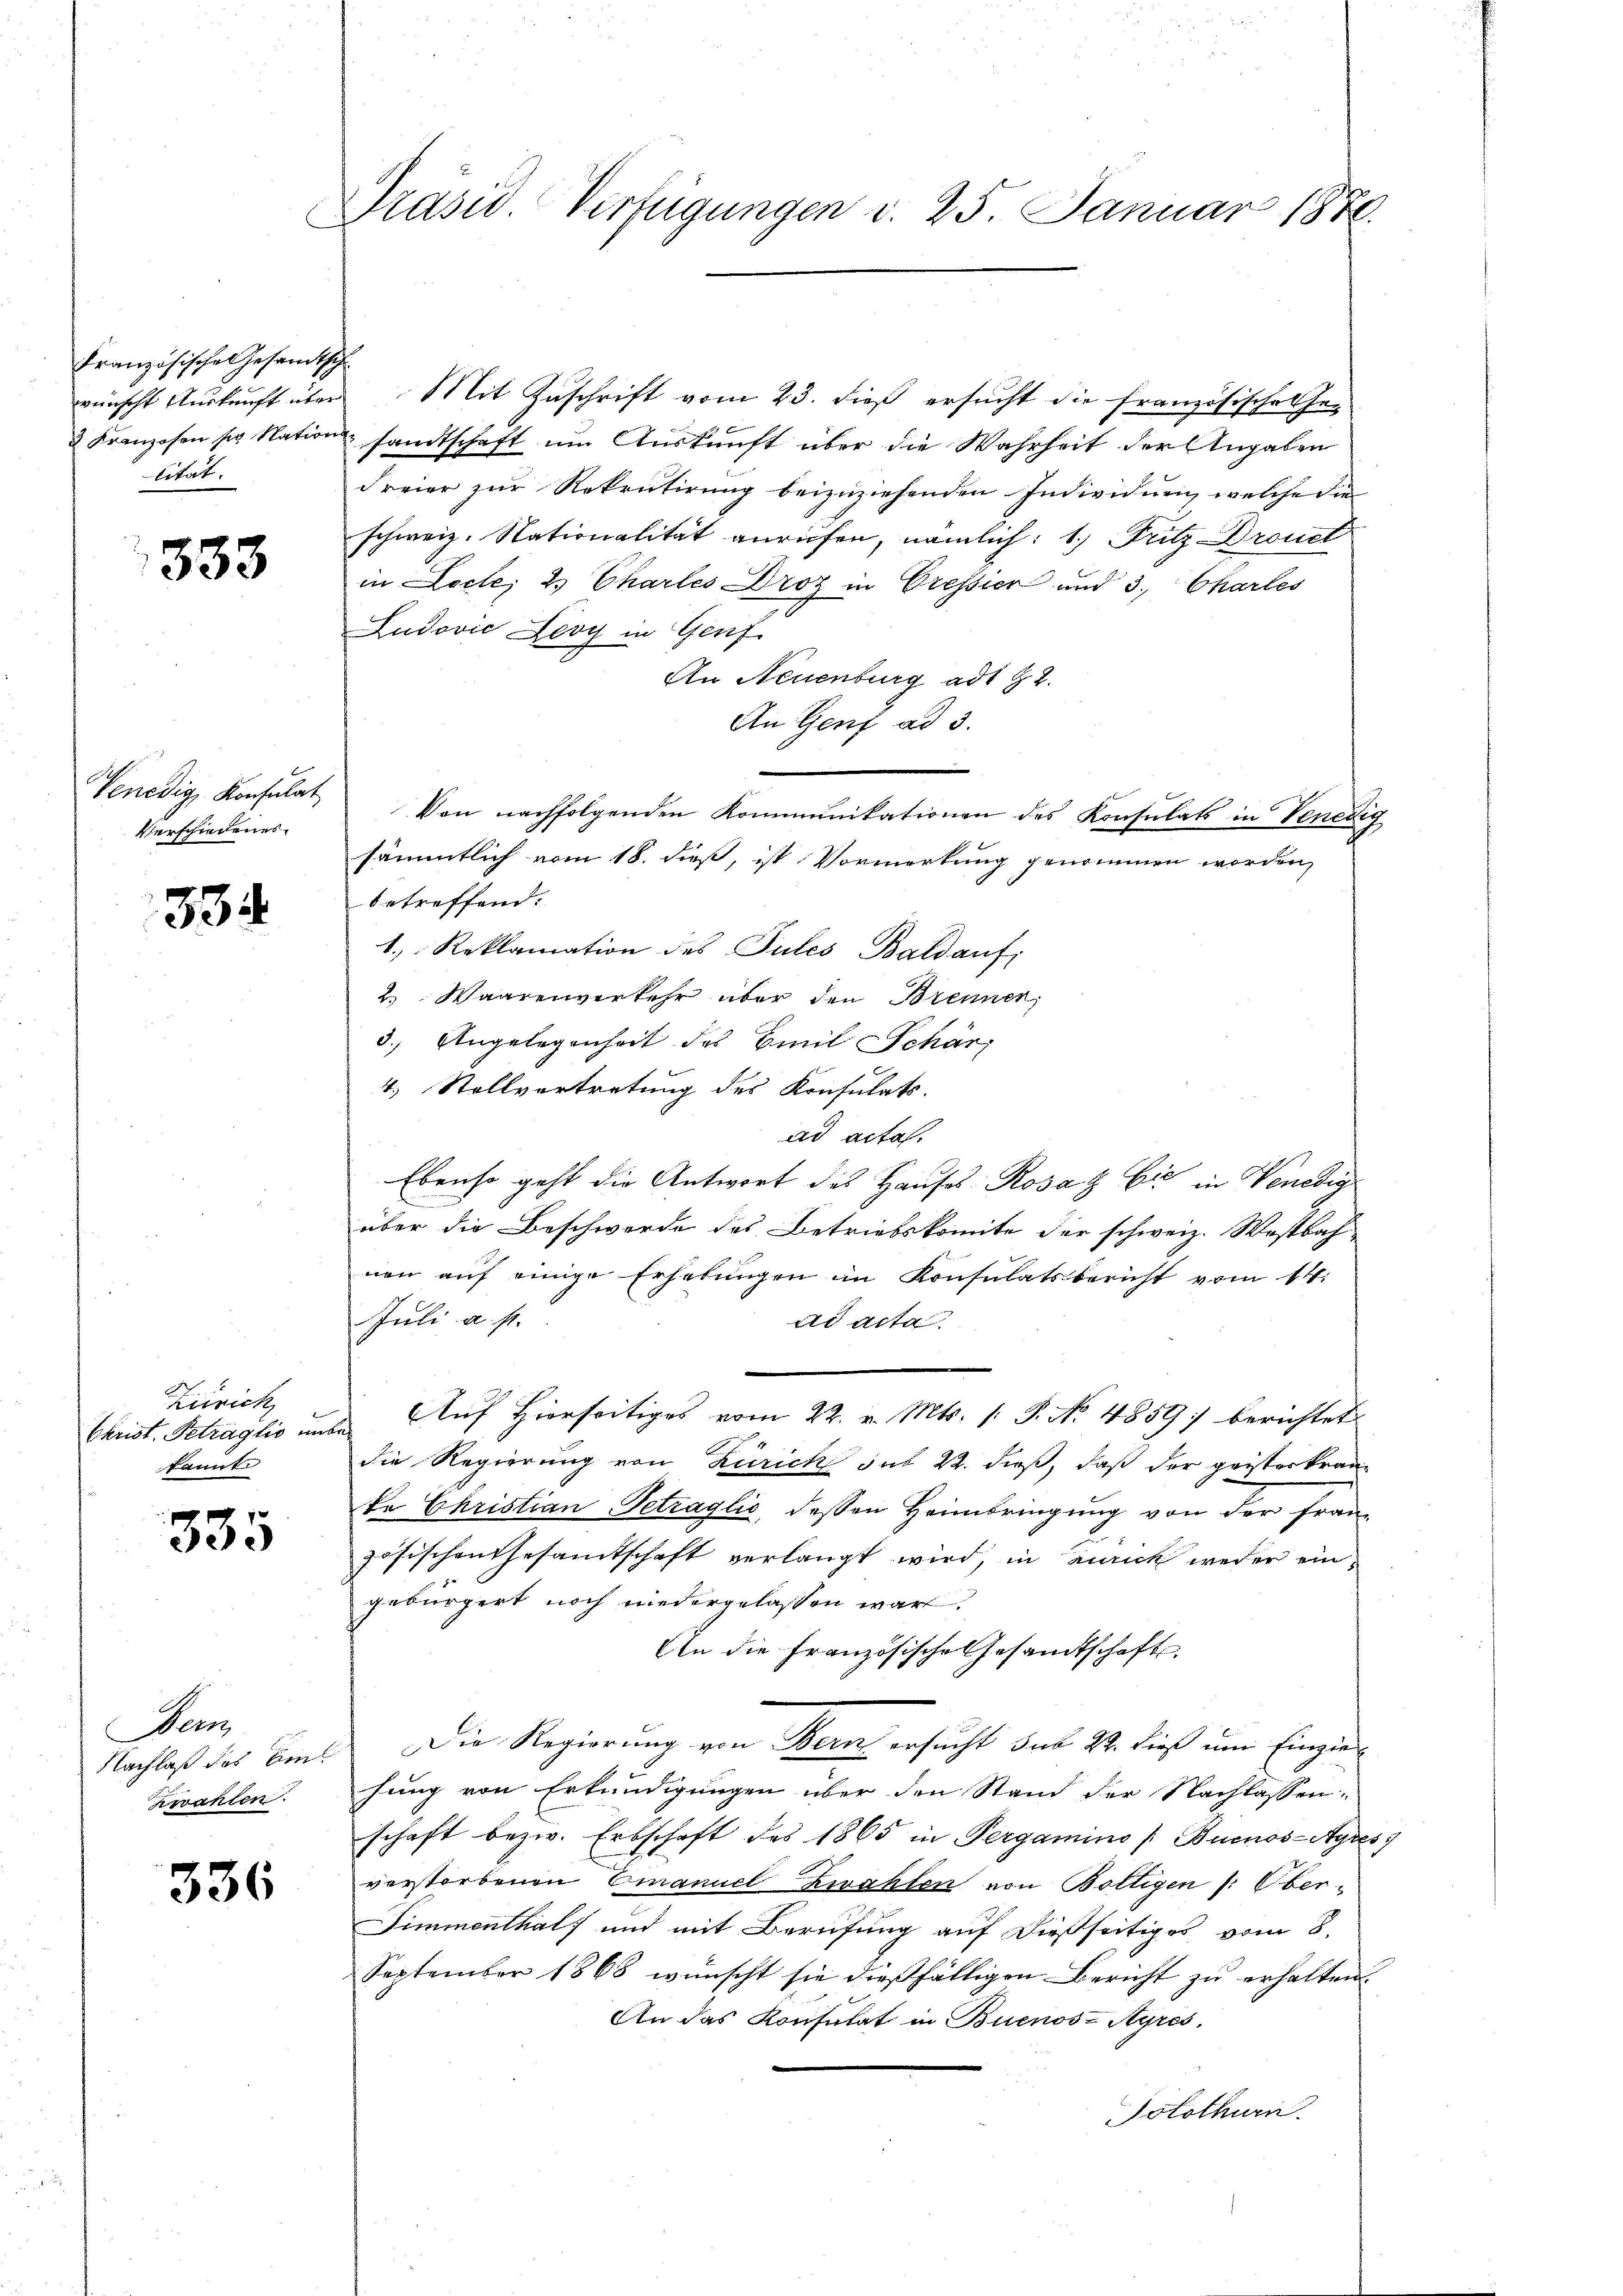
Französische Gesandtsche
wünscht Auskunft über
3 Kranzosen sr Nation
lität.

333

Venedig, Konsulat
Verschiedenes.

334

Zürich
Christ. Petraglio un
kannt

335

Wein
Nachlaß des Em
Zwahlen

336

Präsid Verfügungen d. 25. Januar 1876.

Mit Zuschrift vom 23. dieß ersucht die Französischehesandtschaft im Auskunft aber die Wahrheit der Angaben
Freier zur Rekrutirung beizuziehenden Individuen, welche die
schweiz. Stationalität anrufen, nämlich: 1.) Fritz Drouct
in Loche; 2. Chartes Droz in Cressier und 3. Charles
Ludović Fevy in Genf
An Neuenburg ad 2.
An Genf ad 3.
Von nachfolgenden Kommunikationen des Konsulats in Venedig
sämmtlich vom 18. dieß, ist Vormerkung genommen worden,
betreffend.
1. Reklamation des Pules Baldauf;
2.) Waarenverkehr aber den Brennen,
3.) Angelegenheit des Emil Schär
4.) Stellvertretung des Konsulats.
ad acta.
Ebenso geht die Antwort des Hauses Rosa & Cie in Venedig
n
über die Beschwerde des Betriebskomite der schweiz. Wostbah-
nen auf einige Erhebungen in Konsulatsbericht vom 14.
Juli a. p.
ad acta
Auf Hierseitiges vom 22. v. Mts. 1. P. No. 4859: berichtet
die Regierung von Zürich sub 22. dieß, daß der geisterkranke Christian Petraglić, dessen Heimbringung von der Französischen Gesamtschaft verlangt wird, in manch weder eingebürgert noch niedergelassen wäre.
An die Französische Gesandtschaft
Die Regierung von Bern ersucht das 24. dieß um Einziehung von Erkundigungen über den Stand der Nachlassen:
schaft bezw. Erbschaft des 1865 in Pergamino / Buenos-Ayres
verstorbenen Emanuel zwahlen von Boltigen /: Ober-
Simmenthal) und mit Berufung auf dießseitiges vom 8.
September 1868 wünscht sie dießfälligen Bericht zu erhalten.
An das Konsulat in Buenos-Ayres,
Solothurn.